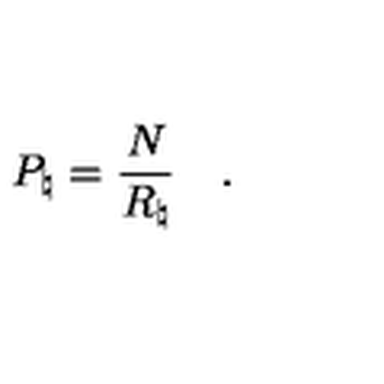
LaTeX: P _ { \natural } = { \frac { N } { R _ { \natural } } } \quad .